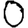
Digit: 0